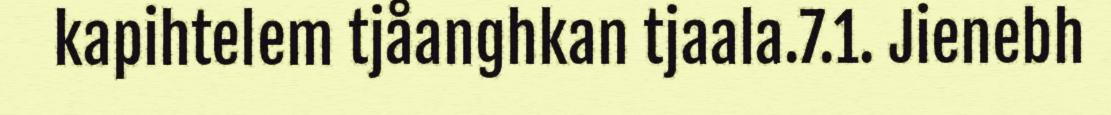
kapihtelem tjåanghkan tjaala.7.1. Jienebh